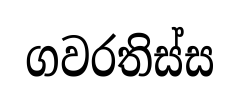
ගවරතිස්ස